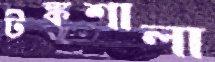
টঙ্কশালা